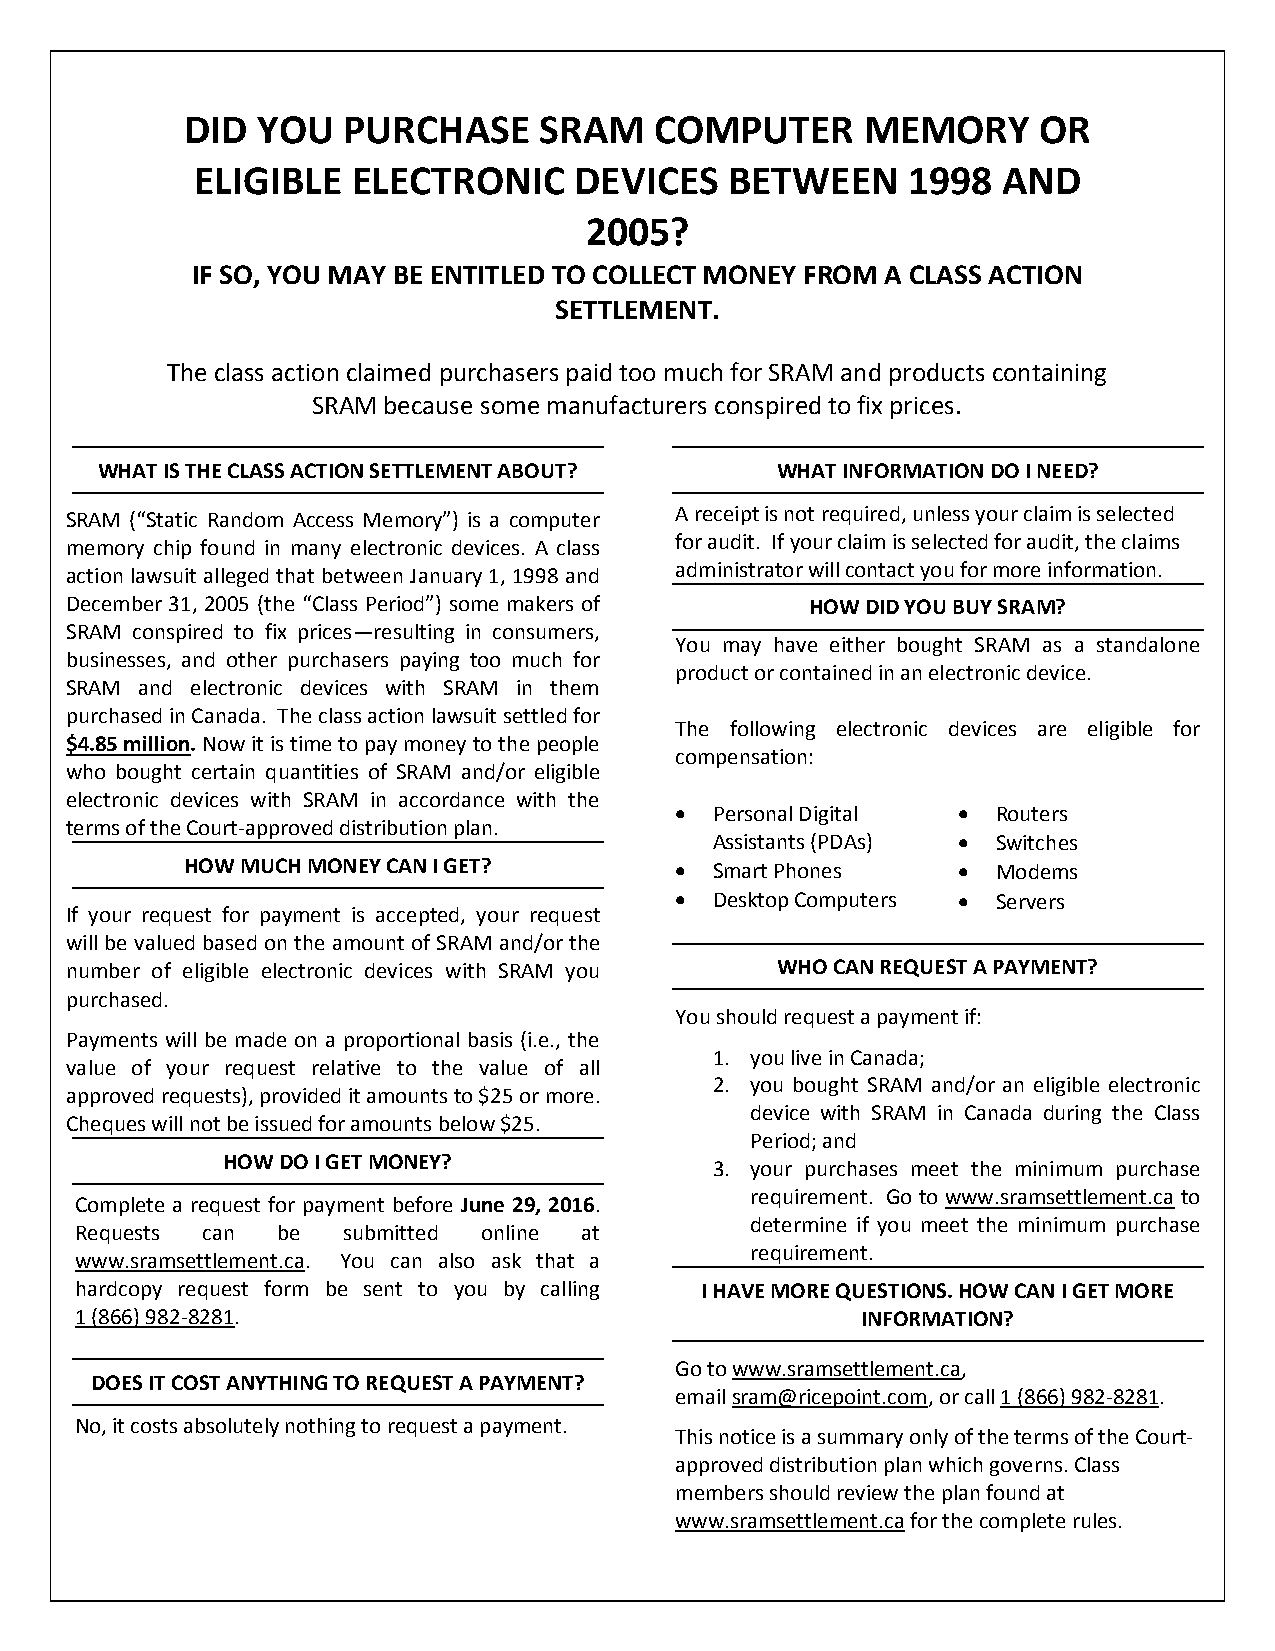
DID  YOU   PURCHASE     SRAM   COMPUTER      MEMORY      OR
 ELIGIBLE  ELECTRONIC     DEVICES   BETWEEN     1998  AND
 2005?
 IF SO, YOU MAY BE ENTITLED TO COLLECT MONEY FROM A CLASS ACTION
 SETTLEMENT.
 The class action claimed purchasers paid too much for SRAM and products containing
 SRAM because some manufacturers conspired to fix prices.
 WHAT IS THE CLASS ACTION SETTLEMENT ABOUT?   WHAT INFORMATION DO I NEED?
 SRAM (“Static Random Access Memory”) is a computer A receipt is not required, unless your claim is selected
 memory chip found in many electronic devices. A class for audit. If your claim is selected for audit, the claims
 action lawsuit alleged that between January 1, 1998 and administrator will contact you for more information.
 December 31, 2005 (the “Class Period”) some makers of HOW DID YOU BUY SRAM?
 SRAM conspired to fix prices—resulting in consumers,
 You may have either bought SRAM as a standalone
 businesses, and other purchasers paying too much for
 product or contained in an electronic device.
 SRAM and electronic devices with SRAM in them
 purchased in Canada. The class action lawsuit settled for
 The following electronic devices are eligible for
 $4.85 million. Now it is time to pay money to the people
 compensation:
 who bought certain quantities of SRAM and/or eligible
 electronic devices with SRAM in accordance with the
  Personal Digital  Routers
 terms of the Court-approved distribution plan.
 Assistants (PDAs)  Switches
 HOW MUCH MONEY CAN I GET?         Smart Phones      Modems
  Desktop Computers  Servers
 If your request for payment is accepted, your request
 will be valued based on the amount of SRAM and/or the
 number of eligible electronic devices with SRAM you WHO CAN REQUEST A PAYMENT?
 purchased.
 You should request a payment if:
 Payments will be made on a proportional basis (i.e., the
 1. you live in Canada;
 value of your request relative to the value of all
 2. you bought SRAM and/or an eligible electronic
 approved requests), provided it amounts to $25 or more.
 device with SRAM in Canada during the Class
 Cheques will not be issued for amounts below $25.
 Period; and
 HOW DO I GET MONEY?
 3. your purchases meet the minimum purchase
 requirement. Go to www.sramsettlement.ca to
 Complete a request for payment before June 29, 2016.
 determine if you meet the minimum purchase
 Requests can be   submitted online at
 requirement.
 www.sramsettlement.ca. You can also ask that a
 hardcopy request form be sent to you by calling I HAVE MORE QUESTIONS. HOW CAN I GET MORE
 1 (866) 982-8281.                                   INFORMATION?
 Go to www.sramsettlement.ca,
 DOES IT COST ANYTHING TO REQUEST A PAYMENT?
 email sram@ricepoint.com, or call 1 (866) 982-8281.
 No, it costs absolutely nothing to request a payment.
 This notice is a summary only of the terms of the Court-
 approved distribution plan which governs. Class
 members should review the plan found at
 www.sramsettlement.ca for the complete rules.